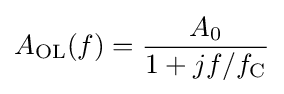
A_{\text{OL}}(f)={\frac {A_{0}}{1+jf/f_{\text{C}}}}